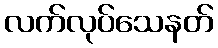
လက်လုပ်သေနတ်